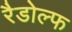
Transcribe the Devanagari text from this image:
रैडोल्फ